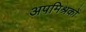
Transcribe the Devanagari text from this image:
अपमिश्रकों